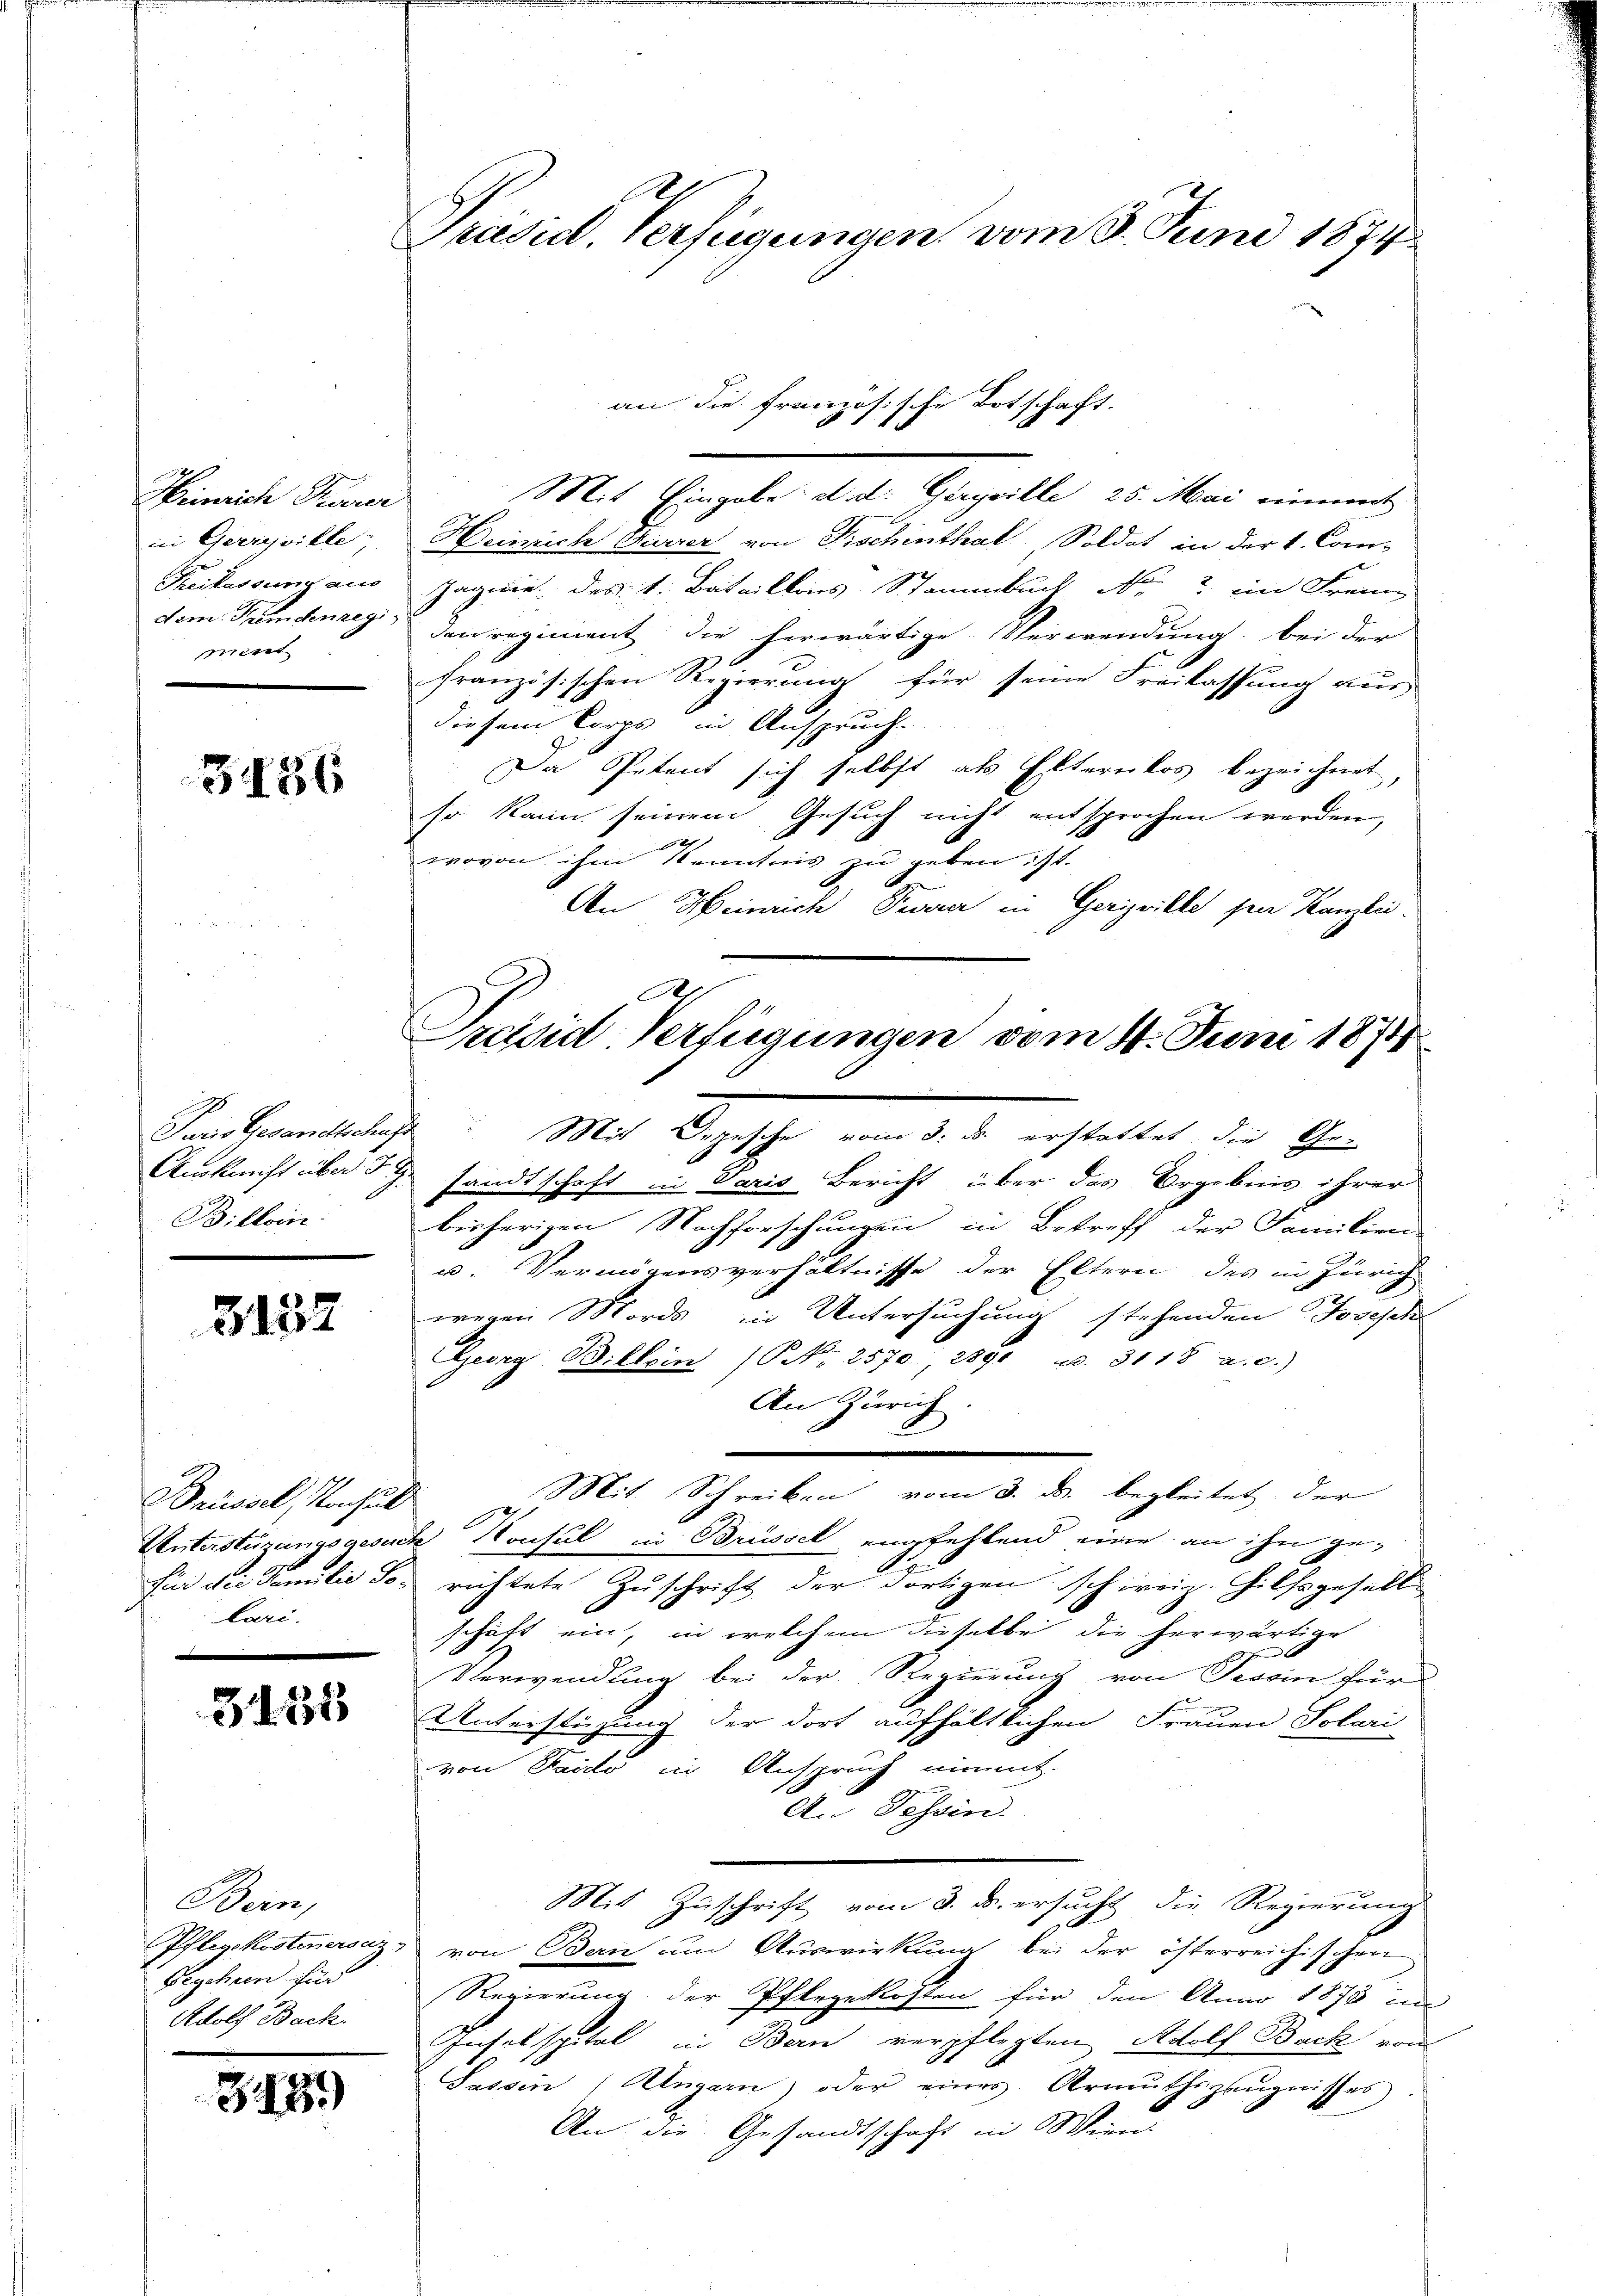
Heinrich Peuerer
ment

3486

Billin

3132

Brüssel, Konsul
lari.

3135

Bern,
Pflegskostenerseiz
Begehren für
Rdolf Back

G.12)

Präsid. Verfügungen vom 8. Juni 1874.

Mit Eingabe d. d. Gerysille 25. Mai nimmt
in Gerreville, Heinrich Feuerer von Fischenthal, Soldat in der 1. Com-
Freilassung aus Jagnie des 1. Bataillons Stammbach No. 2. im Freun
dem Gemdenreg, den regiment die herwärtige Verwendung, bei der
französischen Regierung für seine Freilassung vor
diesem Corps in Anspruch.
Da Petent sich selbst als Eltereikos bezeichnet,
so kann seinem Gesuch nicht entsprochen werden,
wovon ihm Kenntnis zu geben ist.
An Heinrich Peverer in Gericille den Kanzlei.
A

an die französische Botschaft.

Präsid. Verfügungen vom 4. Juni 1874

Kanderenterlich      Mit Bergesche, von d. der erstattet, die Gen
Ankunft über d. G. sandtschaft in Varis Bericht über das Orgebnis ihrer
bisherigen Nachforschungen in Betreff der Familien-
u. Vermögensverhältnisse der Eltern des in Zürich
wegen Mords in Untersuchung stehenden Josesch
Georg Billein Nr. 2570, 1891 u. 3118 a. c.)
An Zürich
Mit Schreiben vom 3. ds. begleitet, der
Unterstüzungsgesuch Konsul in Brüssel empfehlend eine an ihn ge-
für die Familie so richtete Zuschrift der dortigen schweiz. Hilfsgeselle
schaft ein, in welchem dieselbe die herwärtige
Verwendung bei der Regierung von Tessin für
Unterstüzung der dort aufhältlichen Frauen Solari
von Paido in Anspruch nimmt.
An Schein.
Mit Zuschrift vom 3. d. ersucht die Regierung
von Bern um Auswirkung bei der österreichischen
Regierung der Pflegekosten für den Anno 1878 im
Inselspital in Bern verpflegten Adolf Back von
Sassin (Ungarn, oder einer Armuthszeŭgnisses.
An die Gesandtschaft in Wien.